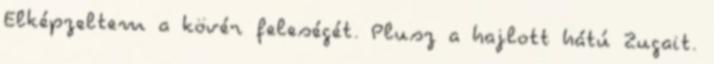
Elképzeltem a kövér feleségét. Plusz a hajlott hátú Zugait.